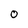
Character: O